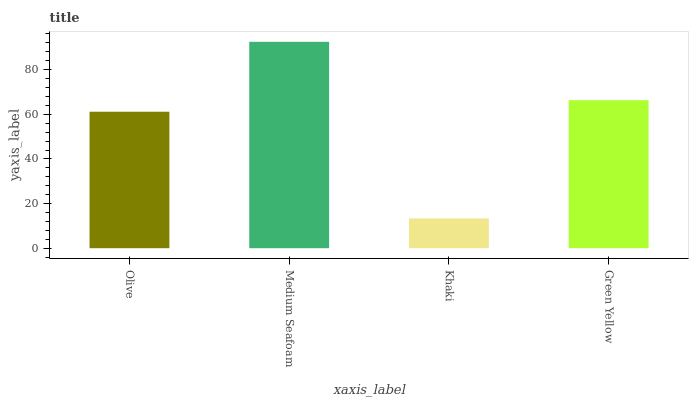
| xaxis_label | bars |
 | --- | --- |
 | Olive | 61.2 |
 | Medium Seafoam | 92.5 |
 | Khaki | 13.4 |
 | Green Yellow | 66.3 |